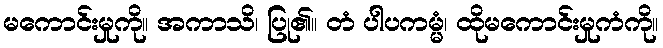
မကောင်းမှုကို။ အကာသိ၊ ပြု၏။ တံ ပါပကမ္မံ၊ ထိုမကောင်းမှုကံကို။